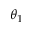
\theta _ { 1 }